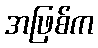
အဖြစ်က